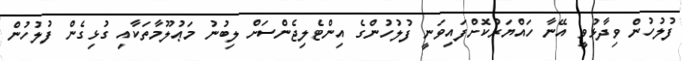
ފުލުހުން ވިދާޅުވީ އޭނާ ހައްޔަރުކޮށްފައިވަނީ ފުލުހުންގެ އިންޓެލިޖެންސަށް ލިބުނު މަޢުލޫމާތަކާއި ގުޅިގެން ފުލުހުން